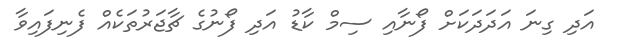
އަދި ގިނަ އަދަދަކަށް ފޯނާއި ސިމް ކާޑު އަދި ފޯނުގެ ޗާޖަރުތަކެއް ފެނިފައިވާ